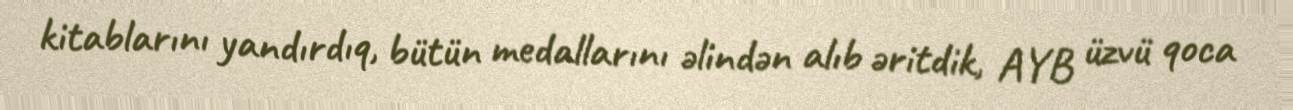
kitablarını yandırdıq, bütün medallarını əlindən alıb əritdik, AYB üzvü qoca